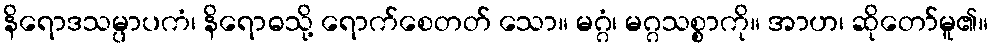
နိရောဒသမ္ပာပကံ၊ နိရောဓသို့ ရောက်စေတတ် သော။ မဂ္ဂံ၊ မဂ္ဂသစ္စာကို။ အာဟ၊ ဆိုတော်မူ၏။